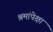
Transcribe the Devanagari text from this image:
श्रमांपेक्षा